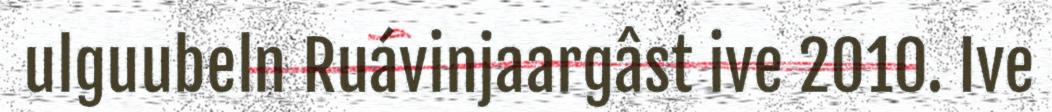
ulguubeln Ruávinjaargâst ive 2010. Ive